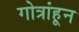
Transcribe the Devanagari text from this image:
गोत्रांहून